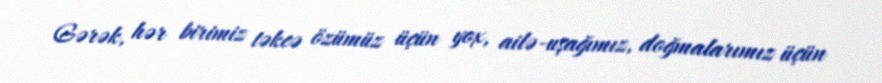
Gərək, hər birimiz təkcə özümüz üçün yox, ailə-uşağımız, doğmalarımız üçün